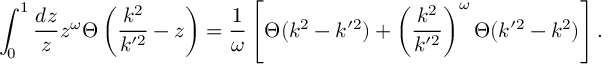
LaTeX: \int _ { 0 } ^ { 1 } { \frac { d z } { z } } z ^ { \omega } \Theta \left( { \frac { k ^ { 2 } } { k ^ { \prime 2 } } } - z \right) = { \frac { 1 } { \omega } } \left[ \Theta ( k ^ { 2 } - k ^ { \prime 2 } ) + \left( { \frac { k ^ { 2 } } { k ^ { \prime 2 } } } \right) ^ { \omega } \Theta ( k ^ { \prime 2 } - k ^ { 2 } ) \right] .